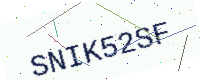
Text: SNIK52SF